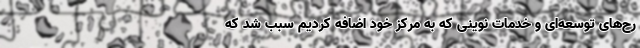
رح‌های توسعه‌ای و خدمات نوینی که به مرکز خود اضافه کردیم سبب شد که